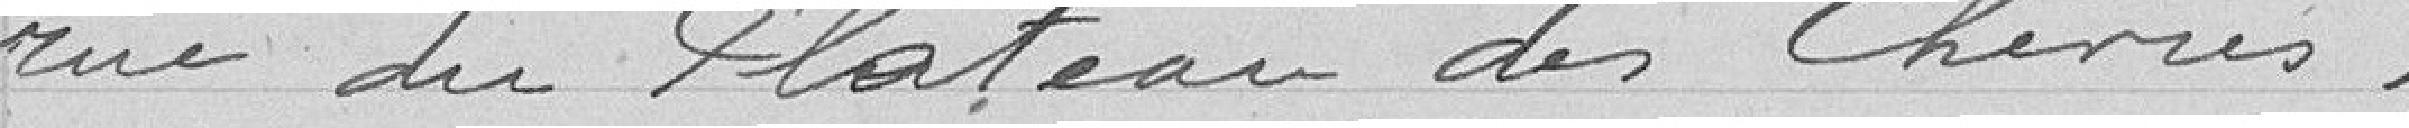
rue du Plateau des Chèvres